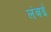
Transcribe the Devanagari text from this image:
लंबई